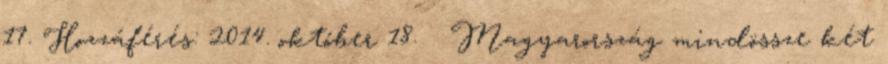
17. Hozzáférés: 2014. október 18. ↑ Magyarország mindössze két